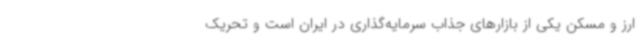
ارز و مسکن یکی از بازارهای جذاب سرمایه‌گذاری در ایران است و تحریک